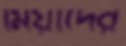
মিয়াদের